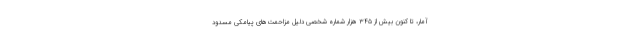
آمار، تا کنون بیش از ۳۴۵ هزار شماره شخصی دلیل مزاحمت‌های پیامکی مسدود